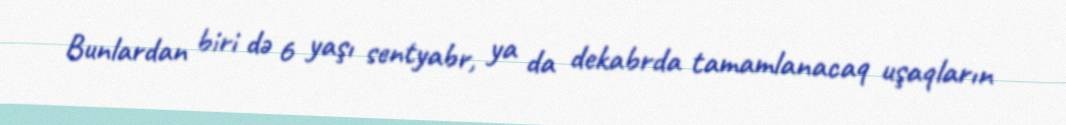
Bunlardan biri də 6 yaşı sentyabr, ya da dekabrda tamamlanacaq uşaqların